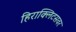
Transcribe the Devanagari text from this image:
हिराक्लिटसवर